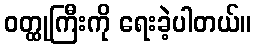
ဝတ္ထုကြီးကို ရေးခဲ့ပါတယ်။